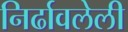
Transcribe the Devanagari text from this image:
निर्ढावलेली